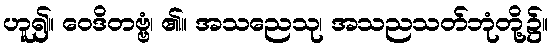
ဟူ၍။ ဝေဒိတဗ္ဗံ၊ ၏။ အသညေသု၊ အသညသတ်ဘုံတို့၌။